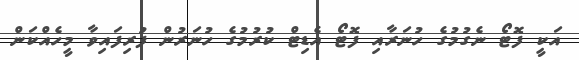
އަކީ ފޮޓޯ ނެގުމުގެ ހުނަރާއި ފޮޓޯ އެޑިޓް ކުރުމުގެ ހުނަރުން ފުރިފައިވާ މީހެއްކަން